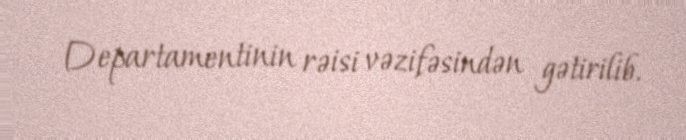
Departamentinin rəisi vəzifəsindən gətirilib.